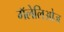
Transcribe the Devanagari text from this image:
गॅलेलिओज